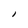
Character: I